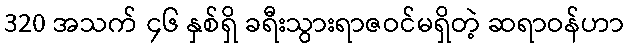
320 အသက် ၄၆ နှစ်ရှိ ခရီးသွားရာဇဝင်မရှိတဲ့ ဆရာဝန်ဟာ